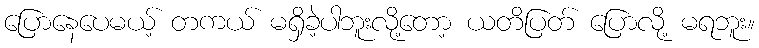
ပြောနေပေမယ့် တကယ် မရှိခဲ့ပါဘူးလို့တော့ ယတိပြတ် ပြောလို့ မရဘူး။